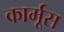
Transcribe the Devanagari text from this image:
कार्मूस